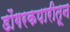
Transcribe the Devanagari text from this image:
डोंगरकपारीतून